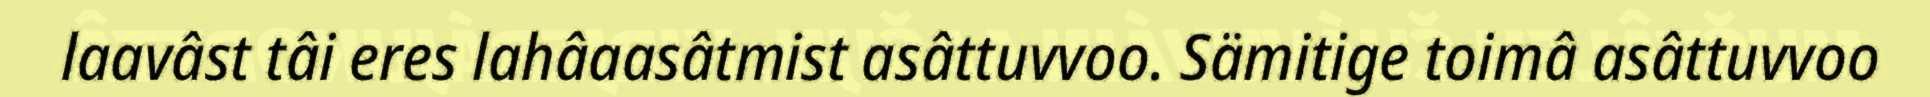
laavâst tâi eres lahâaasâtmist asâttuvvoo. Sämitige toimâ asâttuvvoo